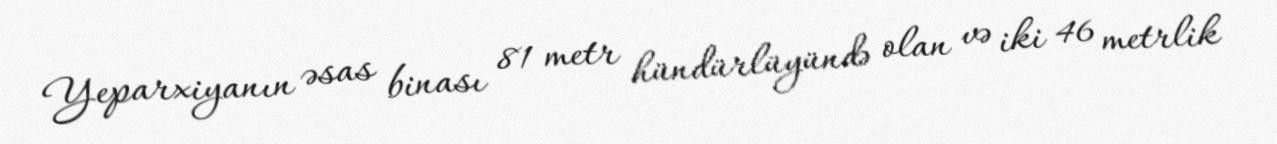
Yeparxiyanın əsas binası 81 metr hündürlüyündə olan və iki 46 metrlik